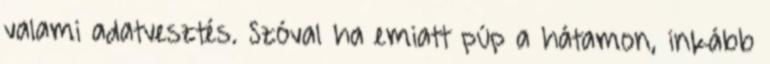
valami adatvesztés. Szóval ha emiatt púp a hátamon, inkább